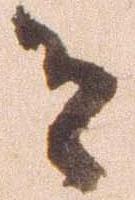
有